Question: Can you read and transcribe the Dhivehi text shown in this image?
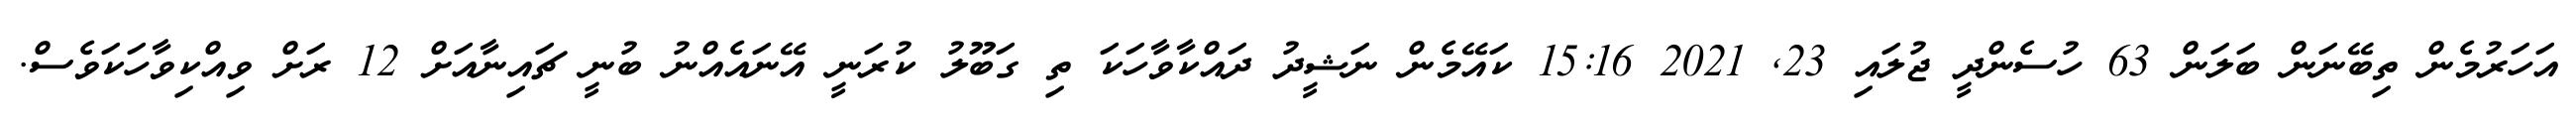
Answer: އަހަރުމެން ތިބޭނަން ބަލަން 63 ހުސެންދީ ޖުލައި 23, 2021 15:16 ކައޭމެން ނަޝީދު ދައްކާވާހަކަ ތި ގަބޫލު ކުރަނީ އޭނައެއްނު ބުނީ ޗައިނާއަށް 12 ރަށް ވިއްކިވާހަކަވެސް.